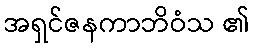
အရှင်ဇနကာဘိဝံသ ၏